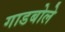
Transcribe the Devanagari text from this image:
गाडबोले